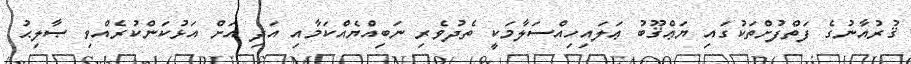
ޤުރުއާނުގެ ފަތްފުށްތަކުގައި ޔަޢްޤޫބު ޢަލައިހިއްސަލާމަކީ ތެދުވެރި ނަބިއްޔެއްކަމާއި އަދި އަށް އަޅުކަންކުރެއްވި ޞާލިޙު